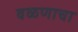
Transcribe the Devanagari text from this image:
वळणाचा